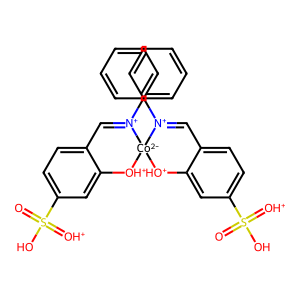
SMILES: O=S(O)(=[OH+])c1ccc2c(c1)[OH+][Co-2]1([OH+]c3cc(S(=O)(O)=[OH+])ccc3C=[N+]1c1ccccc1)[N+](c1ccccc1)=C2
Inhibits HIV replication: No